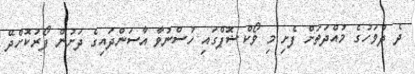
ދެ ދުވަހުގެ މުއްދަތަށް ފެށި މި ވޯކްޝޮޕްގައި ހުސްނުވާ އާސަންދައިގެ ދަށުން ފޯރުކޮށްދޭ